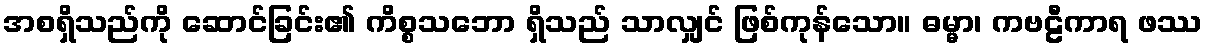
အစရှိသည်ကို ဆောင်ခြင်း၏ ကိစ္စသဘော ရှိသည် သာလျှင် ဖြစ်ကုန်သော။ ဓမ္မာ၊ ကဗဠီကာရ ဖဿ